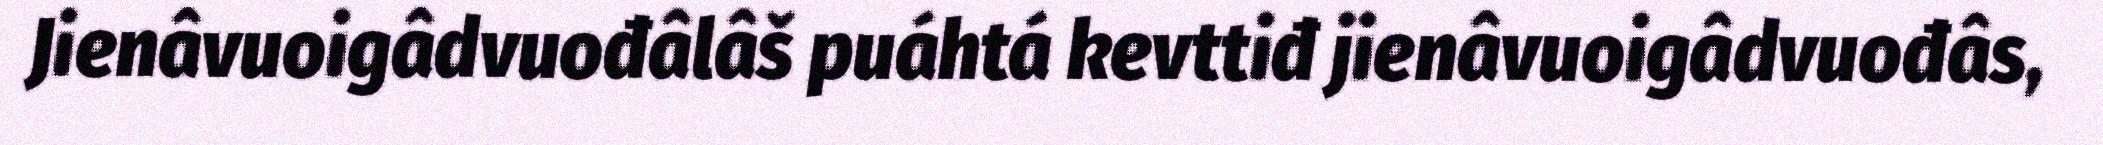
Jienâvuoigâdvuođâlâš puáhtá kevttiđ jienâvuoigâdvuođâs,